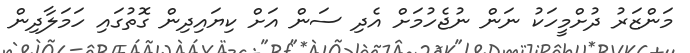
މަންޒަރު ދުށްމީހަކު ނަން ނުޖެހުމަށް އެދި ސަން އަށް ކިޔައިދިން ގޮތުގައި ހަމަލާދިން